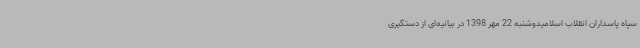
سپاه پاسداران انقلاب اسلامیدوشنبه 22 مهر 1398 در بیانیه‌ای از دستگیری